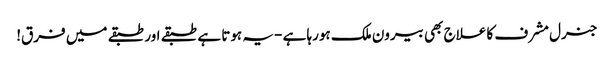
جنرل مشرف کا علاج بھی بیرون ملک ہورہا ہے -یہ ہوتا ہے طبقے اور طبقے میں فرق!